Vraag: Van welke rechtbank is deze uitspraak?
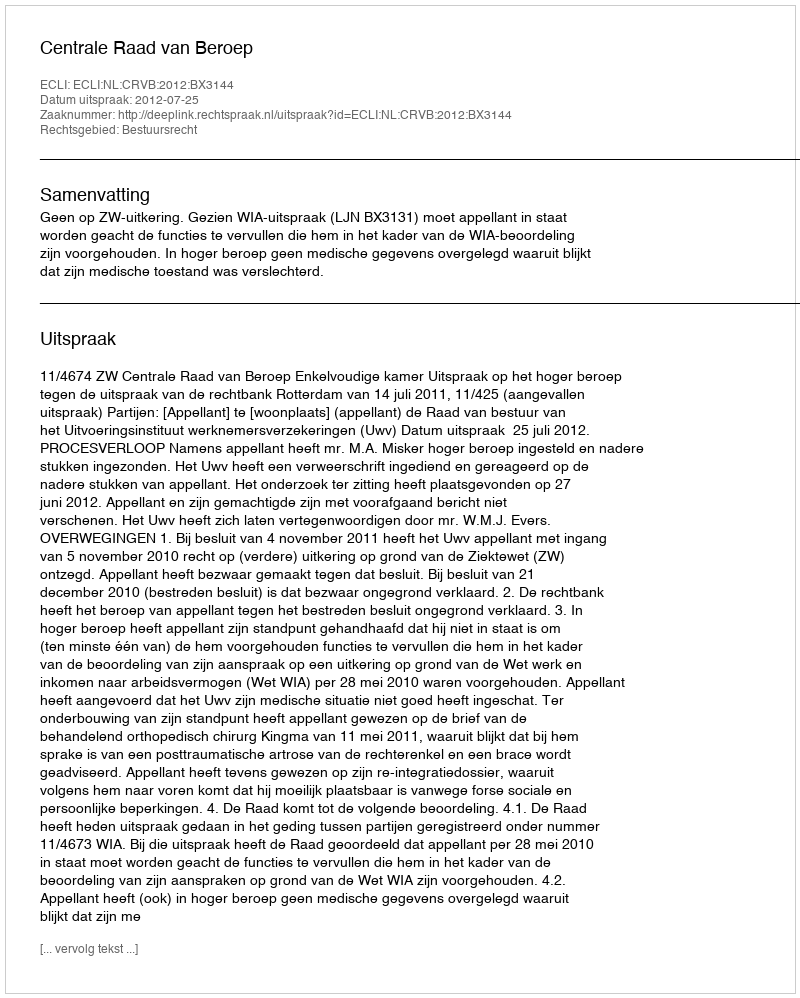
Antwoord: Centrale Raad van Beroep